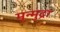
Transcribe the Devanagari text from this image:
मृन्मुद्रा